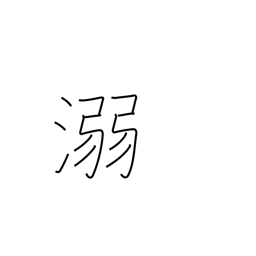
Meaning: drown